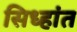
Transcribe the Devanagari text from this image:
सिध्हांत